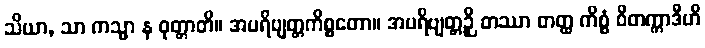
သိယာ, သာ ကသ္မာ န ဝုတ္တာတိ။ အပရိဗျတ္တကိစ္စတော။ အပရိဗျတ္တဉှိ တဿာ တတ္ထ ကိစ္စံ ဝိတက္ကာဒီဟိ